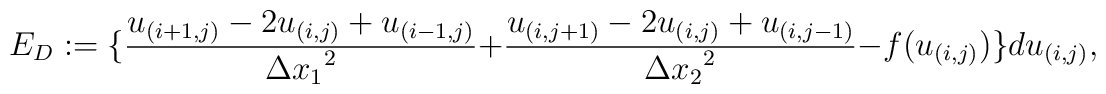
E_D:=\{\frac{u_{(i+1,j)}-2u_{(i,j)}+u_{(i-1,j)}}{{\Delta x_1}^2}+\frac{u_{(i,j+1)}-2u_{(i,j)}+u_{(i,j-1)}}{{\Delta x_2}^2} -f(u_{(i,j)})\}du_{(i,j)},